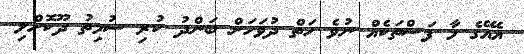
އެއޭގެ މާ ފަސްތަކެއް ނުވެ ހަތް ދުވަހަށް ބަންދު ކުރި ސުމިތު ދޫކޮށްލި